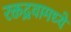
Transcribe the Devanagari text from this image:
रक्तद्रवामध्ये